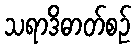
သရာဒိဓာတ်စဉ်